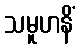
သမူဟနိံ